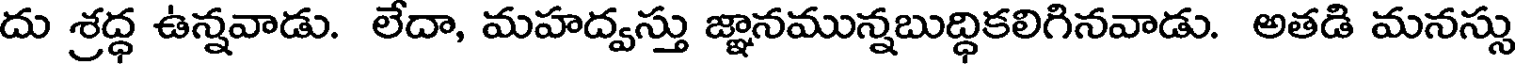
దు శ్రద్ధ ఉన్నవాడు. లేదా, మహద్వస్తు జ్ఞానమున్నబుద్ధికలిగినవాడు. అతడి మనస్సు